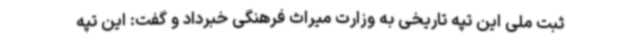
ثبت ملی این تپه تاریخی به وزارت میراث فرهنگی خبرداد و گفت: این تپه